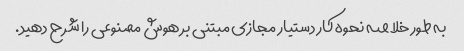
به طور خلاصه نحوه کار دستیار مجازی مبتنی بر هوش مصنوعی را شرح دهید.